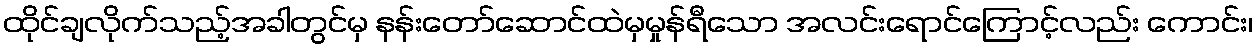
ထိုင်ချလိုက်သည့်အခါတွင်မှ နန်းတော်ဆောင်ထဲမှမှုန်ရီသော အလင်းရောင်ကြောင့်လည်း ကောင်း၊